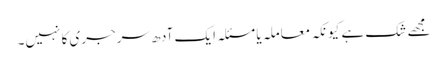
مجھے شک ہے کیونکہ معاملہ یا مسئلہ ایک آدھ سرجری کا نہیں۔